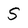
Character: S